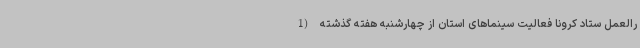
رالعمل ستاد کرونا فعالیت سینماهای استان از چهارشنبه هفته گذشته (1